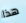
هذا